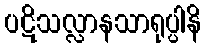
ပဋိသလ္လာနသာရုပ္ပါနိ